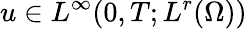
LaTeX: u\in L^{\infty}(0,T;L^{r}(\Omega))